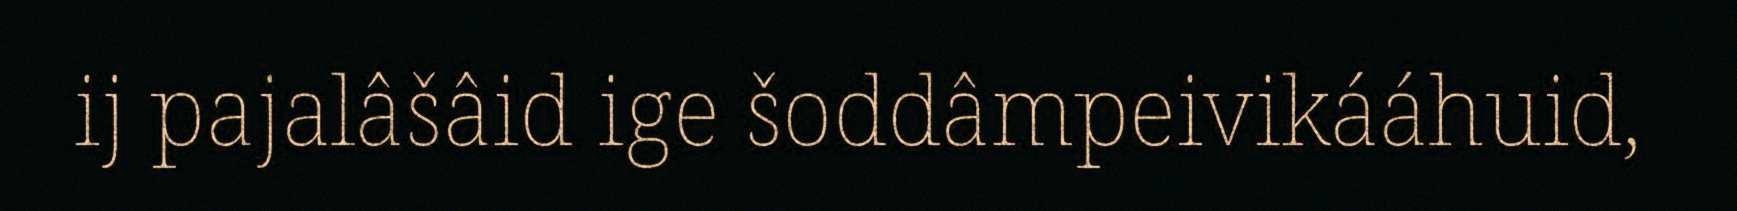
ij pajalâšâid ige šoddâmpeivikááhuid,